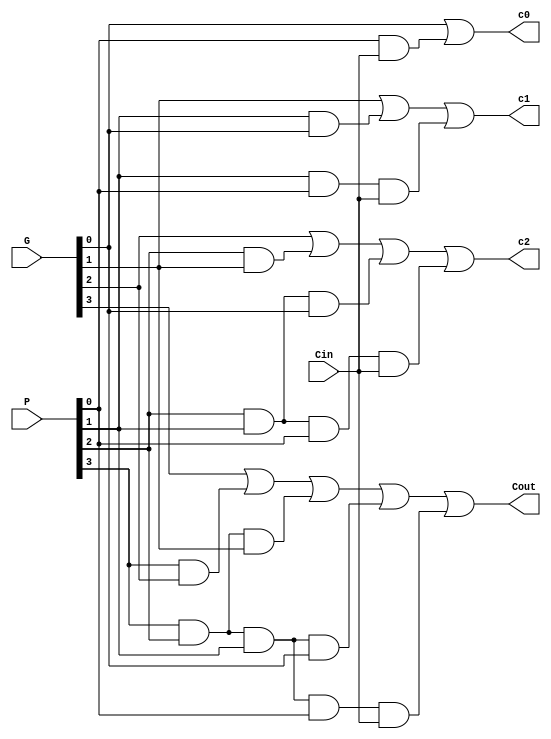
module CLG(Cin, P, G, c0, c1, c2, Cout);
input Cin;
input [3:0] P,G;
output c0, c1, c2, Cout;

assign c0 = G[0] | (P[0]&Cin);
assign c1 = G[1] | (P[1]&G[0]) | (P[1]&P[0]&Cin);
assign c2 = G[2] | (P[2]&G[1]) | (P[2]&P[1]&G[0]) | (P[2]&P[1]&P[0]&Cin);
assign Cout = G[3] | (P[3] & G[2]) | (P[3]&P[2]&G[1]) | (P[3]&P[2]&P[1]&G[0]) | (P[3]&P[2]&P[1]&P[0]&Cin);
endmodule